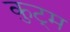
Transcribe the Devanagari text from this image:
कुट्म